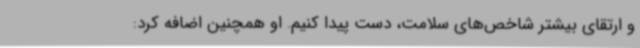
و ارتقای بیشتر شاخص‌های سلامت، دست پیدا کنیم. او همچنین اضافه کرد: